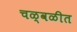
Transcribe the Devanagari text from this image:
चळ्वळीत